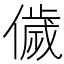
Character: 𬿳